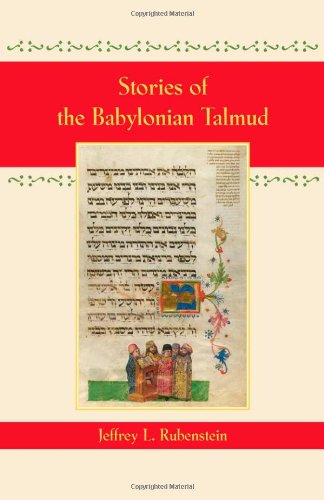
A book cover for Stories of the Babylonian Talmud; Jeffrey L. Rubenstein; History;